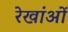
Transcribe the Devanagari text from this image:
रेखांओं